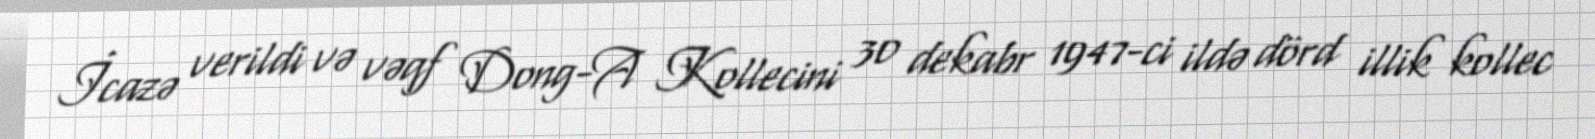
İcazə verildi və vəqf Dong-A Kollecini 30 dekabr 1947-ci ildə dörd illik kollec